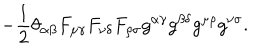
- \frac 1 2 \theta _ { \alpha \beta } F _ { \mu \gamma } F _ { \nu \delta } F _ { \rho \sigma } g ^ { \alpha \gamma } g ^ { \beta \delta } g ^ { \mu \rho } g ^ { \nu \sigma } .